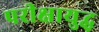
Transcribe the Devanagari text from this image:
परीक्षायुद्ध